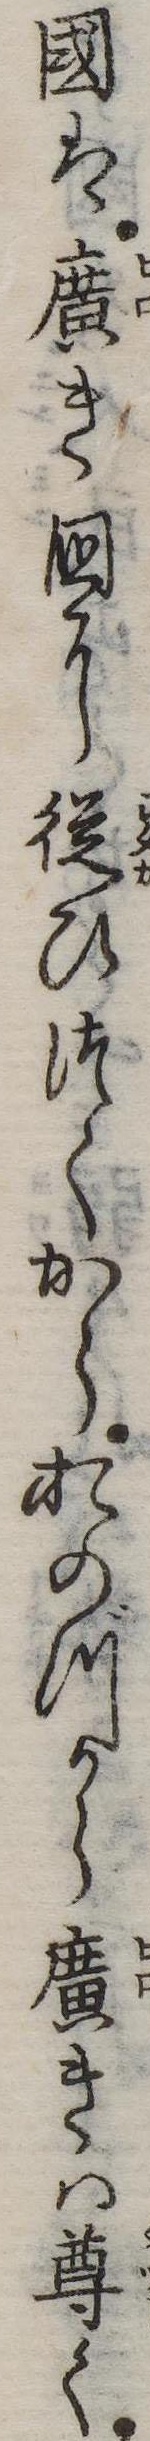
国は広き国に従ひつくからおのづから広きは尊く